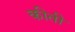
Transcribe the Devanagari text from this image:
कीती